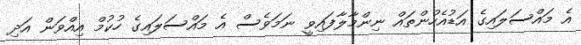
އެ މައްސަލައިގެ އަޑުއެހުންތައް ނިންމާލާފައިވީ ނަމަވެސް އެ މައްސަލައިގެ ހުކުމް އިއްވަން އަދި